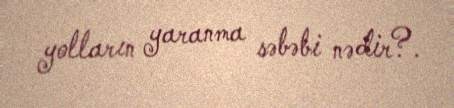
yolların yaranma səbəbi nədir?.